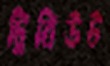
ট্রিবিউট